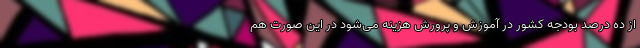
از ده درصد بودجه کشور در آموزش و پرورش هزینه می‌شود در این صورت هم